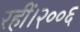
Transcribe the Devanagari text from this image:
रहीं।२००६